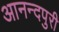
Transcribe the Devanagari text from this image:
आनन्दपुरी